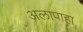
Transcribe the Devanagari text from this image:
अलापाहा